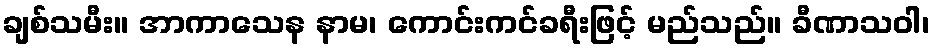
ချစ်သမီး။ အာကာသေန နာမ၊ ကောင်းကင်ခရီးဖြင့် မည်သည်။ ခီဏာသဝါ၊